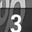
Digit: 3